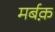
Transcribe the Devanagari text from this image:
मर्बक़